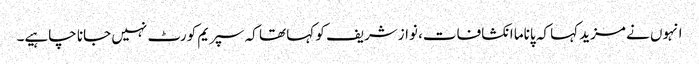
انہوں نے مزید کہا کہ پاناما انکشافات، نوازشریف کو کہا تھا کہ سپریم کورٹ نہیں جانا چاہیے۔